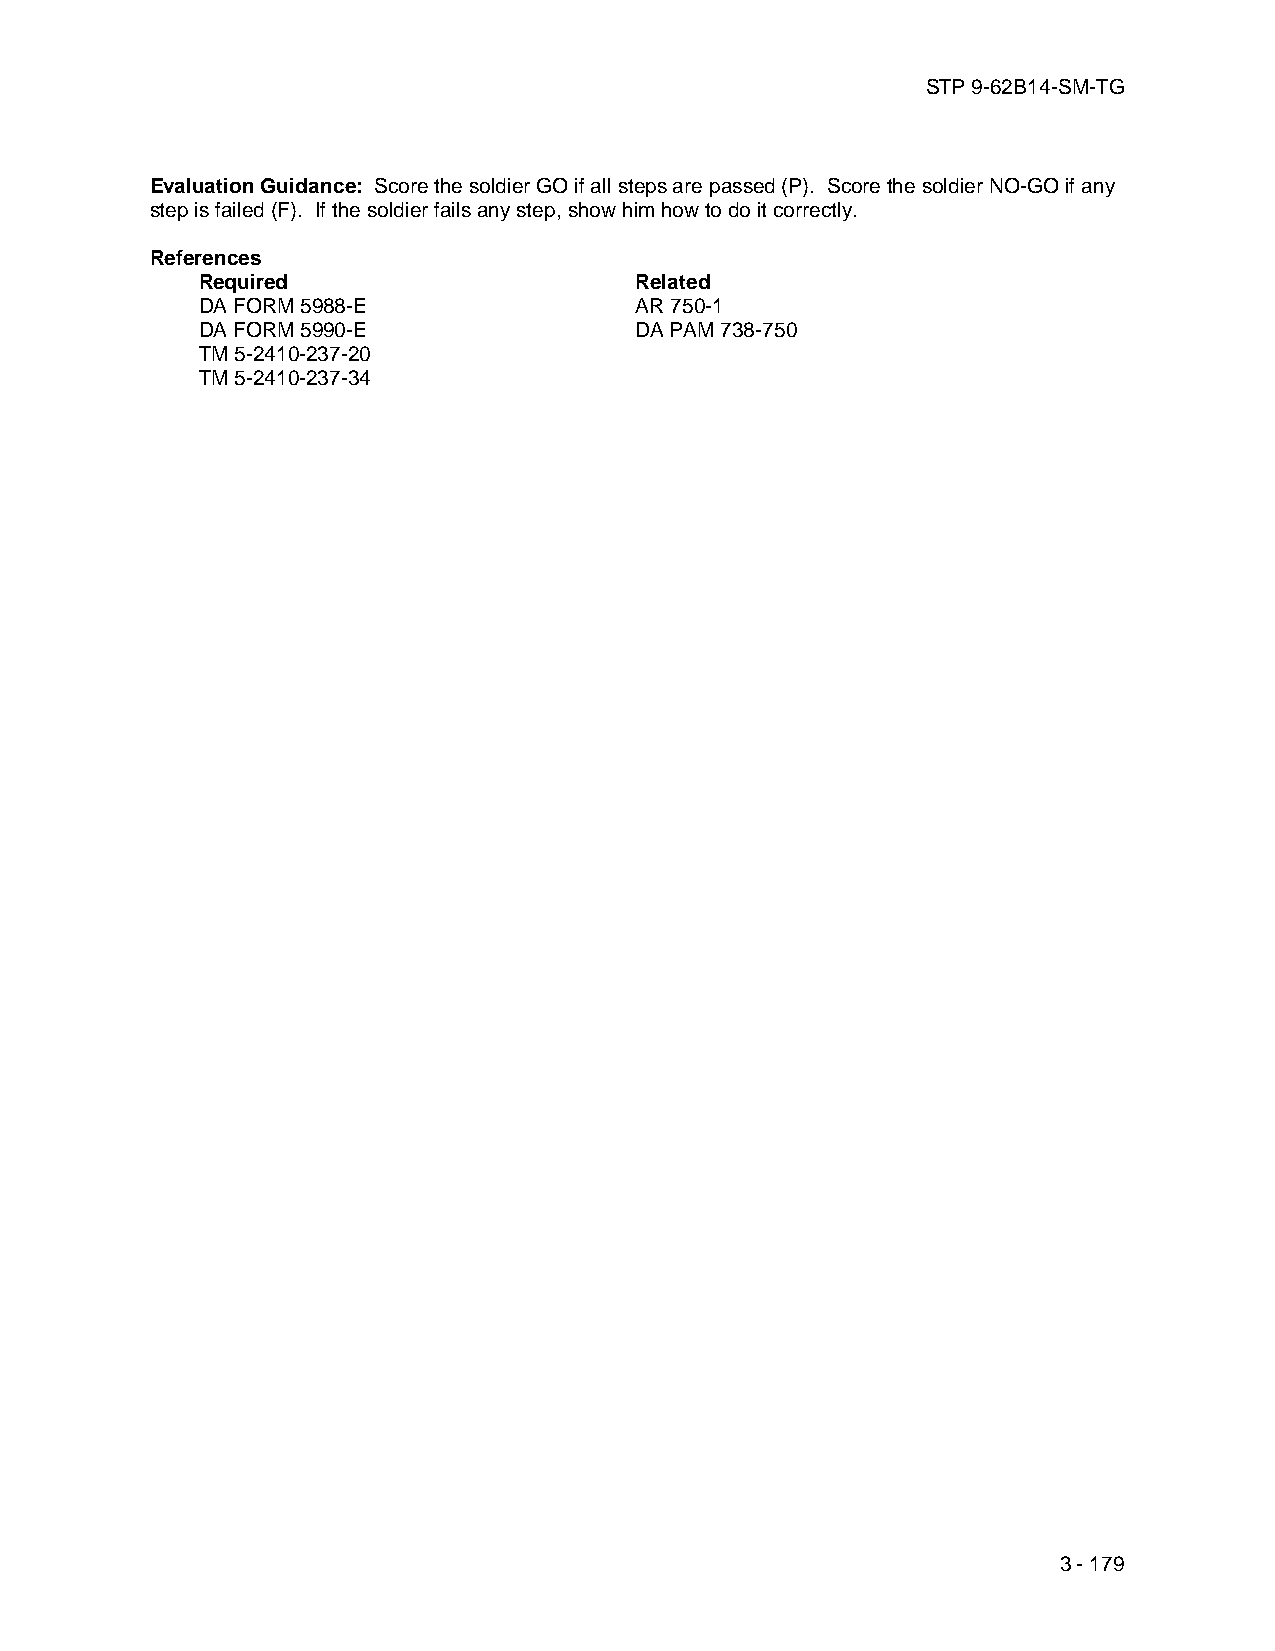
STP 9-62B14-SM-TG
 Evaluation Guidance: Score the soldier GO if all steps are passed (P). Score the soldier NO-GO if any
 step is failed (F). If the soldier fails any step, show him how to do it correctly.
 References
 Required                     Related
 DA FORM 5988-E               AR 750-1
 DA FORM 5990-E               DA PAM 738-750
 TM 5-2410-237-20
 TM 5-2410-237-34
 3 - 179